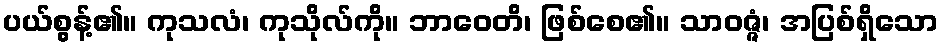
ပယ်စွန့်၏။ ကုသလံ၊ ကုသိုလ်ကို။ ဘာဝေတိ၊ ဖြစ်စေ၏။ သာဝဇ္ဇံ၊ အပြစ်ရှိသော